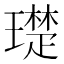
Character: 璴